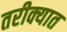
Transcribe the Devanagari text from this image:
तरीक्यात